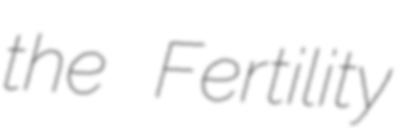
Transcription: the Fertility